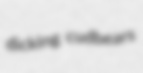
dicking cudbears